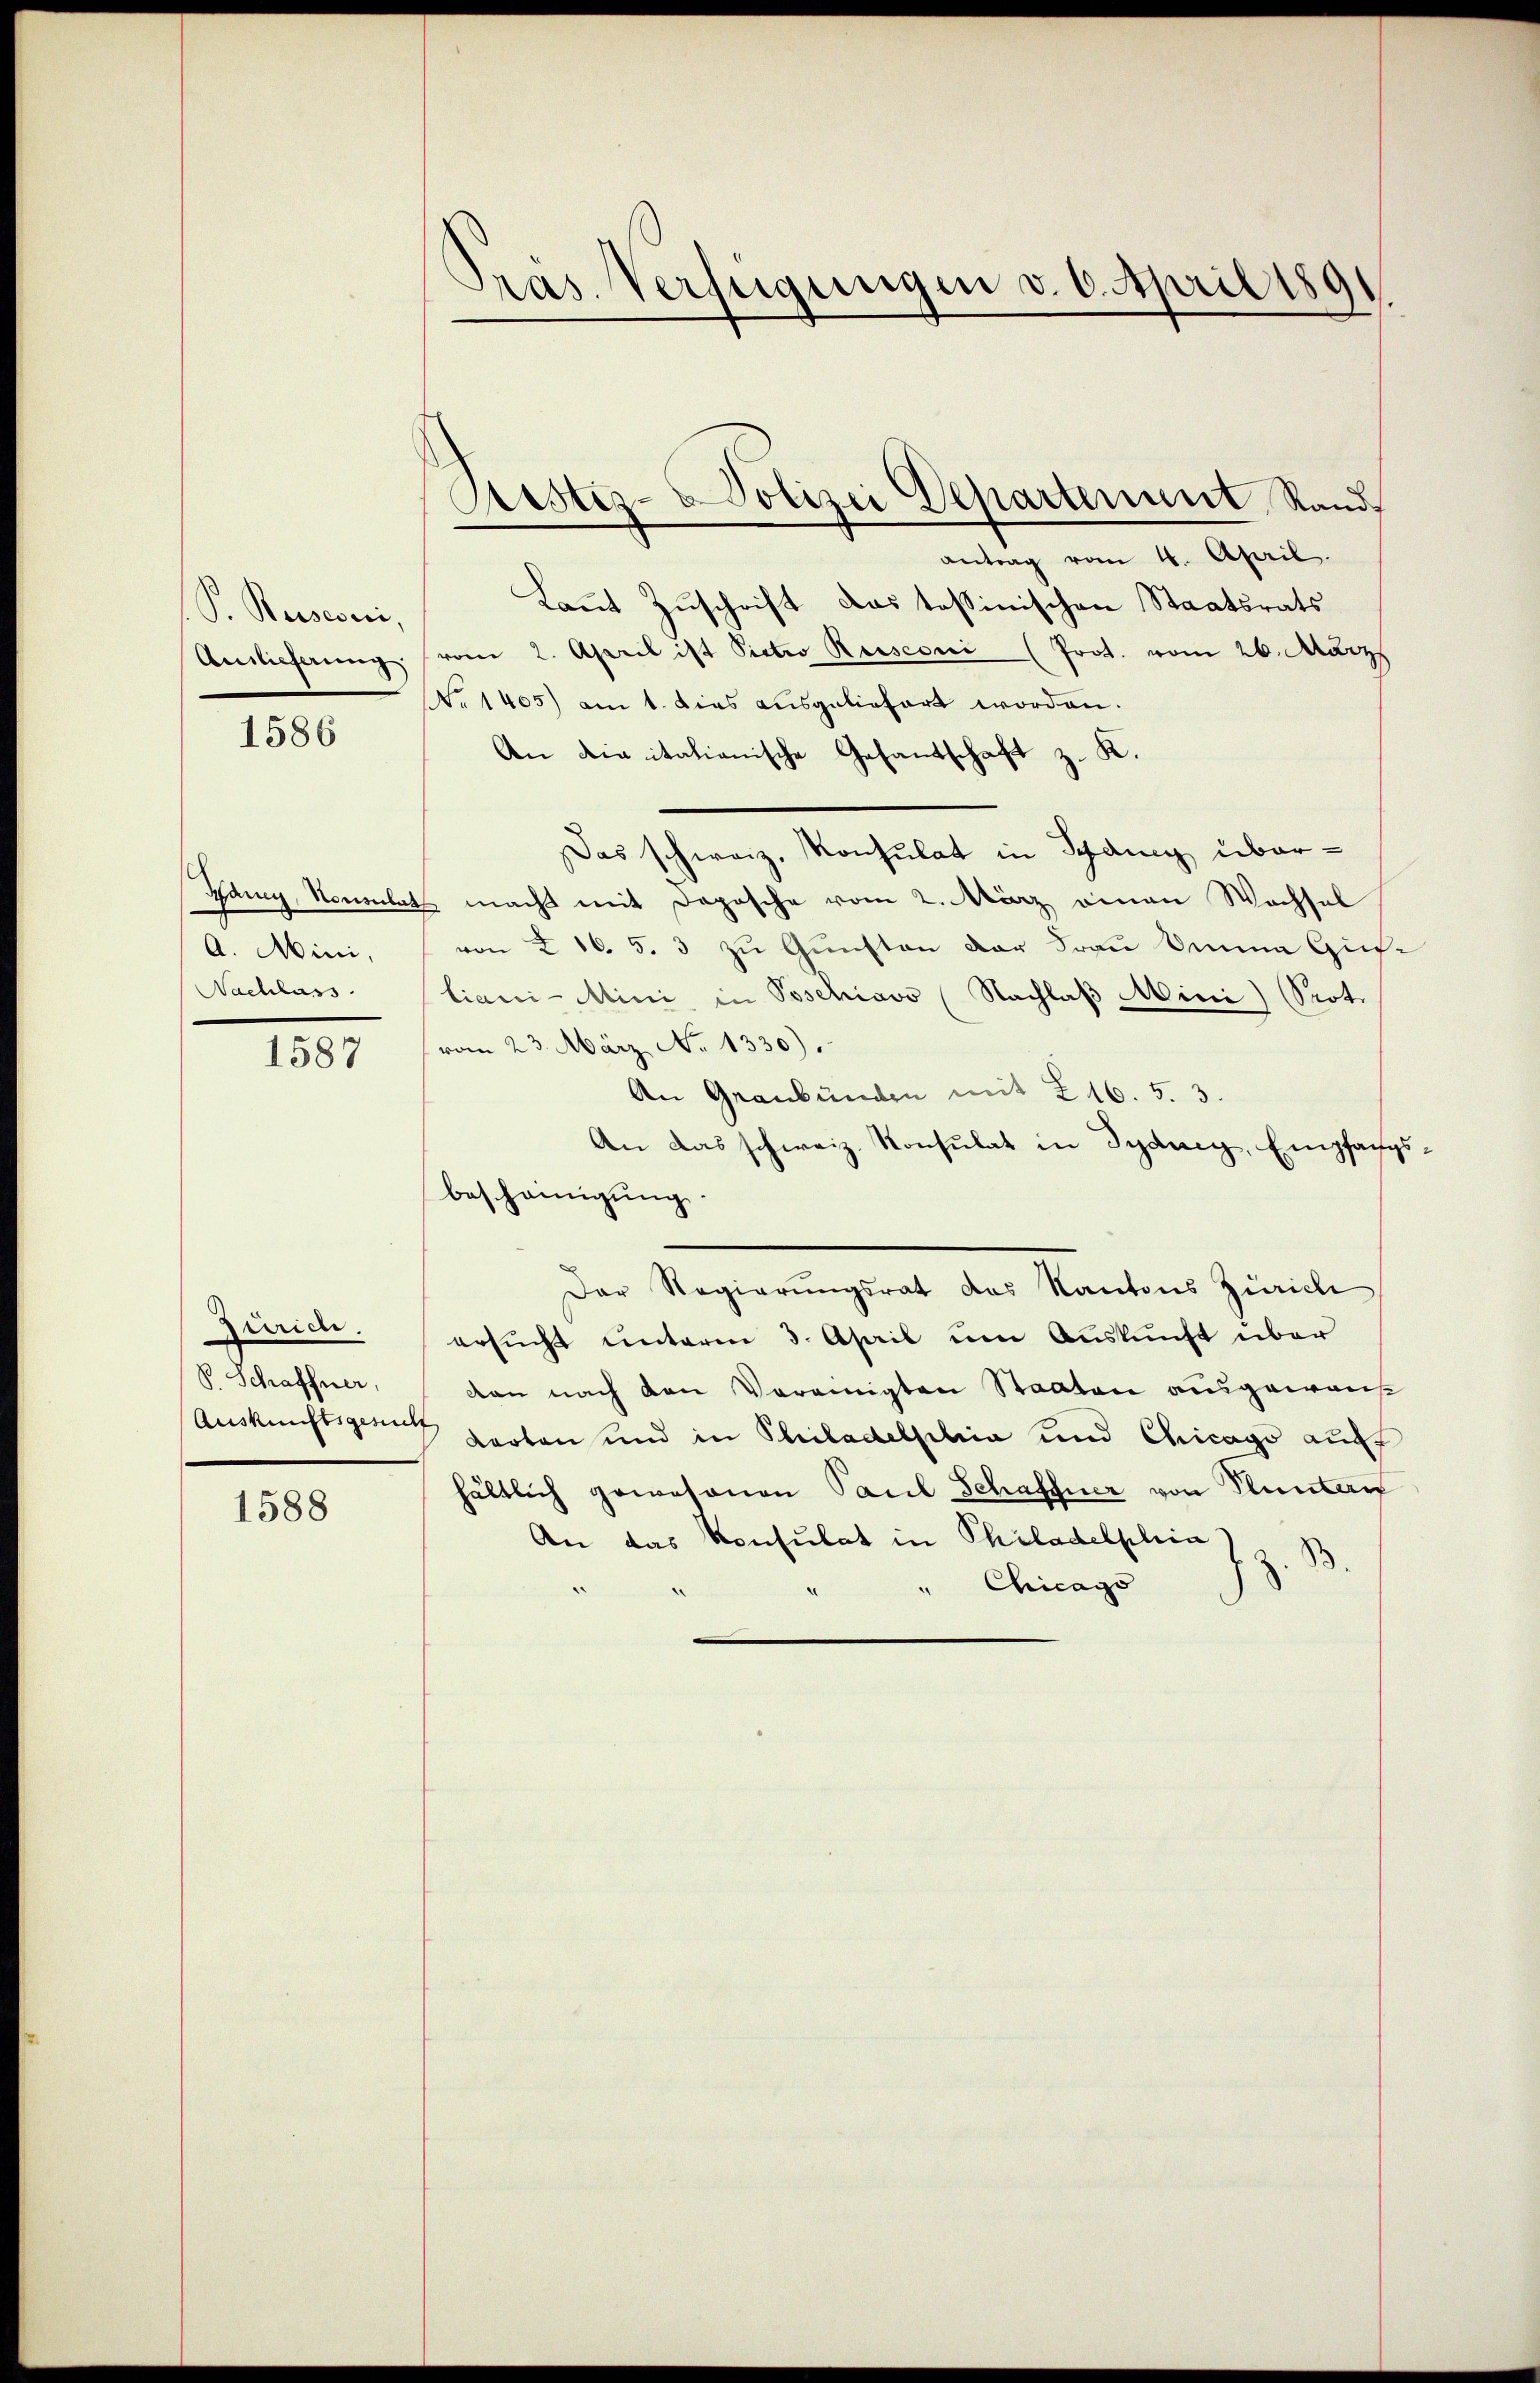
P. Reiseveri,
Ainlieferung

1586

Gang, Neuenbah
A. Mini,
Nachlass

1587

Zürich,
V. Schaffner,
Auskunftsgesuch

1588

Pras. Verfügungen v. 6. April 1891

Justiz- Polizei Departement, Rand

antrag vom 4. April.
Laut Zuschrift das tessinischen Staatsrats
vom 2. April ist Pietio Rusconi (Prot. vom 26. März
No 1405) am 1. Dies ausgeliefert worden.
An die italianische Gesantschaft z. K.
Das schweiz. Konsulat in Schancy über¬
2 macht mit Dopische vom 2. März einen Wachsel
von I 16. 5. 3 zu Gunsten der Frau Deine Gutliani-Mini in Poschiavo (Nachlaß Mini) (Prot.
vom 23. März No. 1330).
An Graubünden mit 216. 5. 3.
An das schweiz. Konsulat in Sydung, Empfangsbescheinigung.
Der Regierungsrat des Kantons Zürich
ersucht unterm 3. April um Auskunft über
dan nach den Vereinigten Staaten ausgewas
Karten und in Philadelphia und Chicago auf
hältlich gewesenen Paul Schaffner von Pluntan
An das Konsulat in Philadelphia z z. B
Chicago